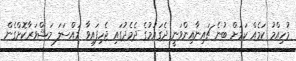
މުހިއްމު ކަމެއް ކަމަށް ބުނެ ޗައިނާއިންވަނީ ދެގައުމުގެ ދެމެދުގައި ޖެހިފައިވާ މައްސަލަ މަޝްވަރާކޮށްގެން